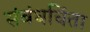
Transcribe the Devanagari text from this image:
संबंधचिंता